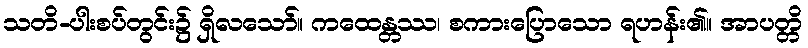
သတိ-ပါးစပ်တွင်း၌ ရှိလသော်။ ကထေန္တဿ၊ စကားပြောသော ရဟန်း၏။ အာပတ္တိ